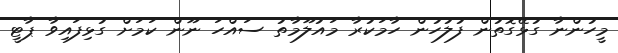
މީހުންނާ ގުޅޭގޮތުން ފުލުހުން ހާމަކުރާ މައުލޫމާތު ސައްހަ ނޫން ކަމަށް ގުޅިފައިވާ ޕާޓީ